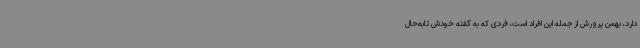
دارد، بهمن پرورش از جمله این افراد است، فردی که به گفته خودش تابه‌حال